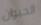
الحيوان